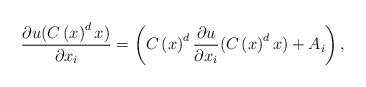
\begin{align*}\frac{\partial u(C\left( x\right) ^{d}x)}{\partial x_{i}}=\left( C\left(x\right) ^{d}\frac{\partial u}{\partial x_{i}}(C\left( x\right)^{d}x)+A_{i}\right) ,\end{align*}